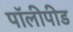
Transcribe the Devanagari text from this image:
पॉलीपीड